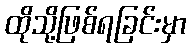
ထိုသို့ဖြစ်ရခြင်းမှာ